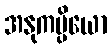
အနုကမ္ပိယော